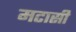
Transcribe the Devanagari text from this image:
मटासी